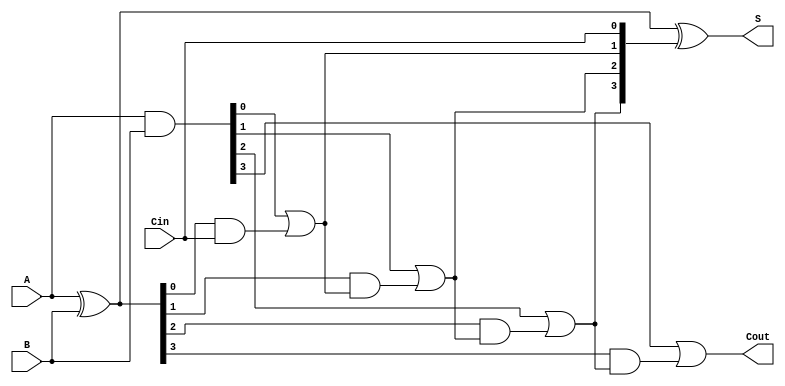
module CLA_4bit (
    input [3:0] A,      // First operand
    input [3:0] B,      // Second operand
    input Cin,          // Carry input
    output [3:0] S,     // Sum output
    output Cout         // Carry output
);

    wire [3:0] G;       // Generate signals
    wire [3:0] P;       // Propagate signals
    wire [3:0] C;       // Carry signals

    // Generate and Propagate signals
    assign G = A & B;          // Generate: G[i] = A[i] & B[i]
    assign P = A ^ B;          // Propagate: P[i] = A[i] ^ B[i]

    // Carry Generation
    assign C[0] = Cin;         // C0 = Cin
    assign C[1] = G[0] | (P[0] & C[0]); // C1 = G0 + (P0 & C0)
    assign C[2] = G[1] | (P[1] & C[1]); // C2 = G1 + (P1 & C1)
    assign C[3] = G[2] | (P[2] & C[2]); // C3 = G2 + (P2 & C2)
    assign Cout = G[3] | (P[3] & C[3]); // Cout = G3 + (P3 & C3)

    // Sum Calculation
    assign S = P ^ C[3:0];     // S[i] = P[i] ^ C[i]

endmodule